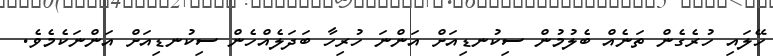
ހޭލައި ހުރެގެން ތަނެއް ބެލުމުން ސިކުނޑިއަށް އަންނަ ހުރިހާ ބަދަލެއްހެން ސިކުނޑިއަށް އަންނަކެމެވެ.